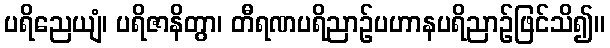
ပရိညေယျံ၊ ပရိဇာနိတွာ၊ တီရဏပရိညာဉ်ပဟာနပရိညာဉ်ဖြင်သိ၍။